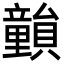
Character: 𥫎